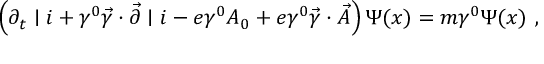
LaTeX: \left( \partial _ { t } \mid i + \gamma ^ { 0 } \vec { \gamma } \cdot \vec { \partial } \mid i - e \gamma ^ { 0 } A _ { 0 } + e \gamma ^ { 0 } \vec { \gamma } \cdot \vec { A } \right) \Psi ( x ) = m \gamma ^ { 0 } \Psi ( x ) ~ ,